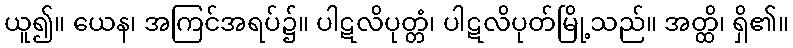
ယူ၍။ ယေန၊ အကြင်အရပ်၌။ ပါဋလိပုတ္တံ၊ ပါဋလိပုတ်မြို့သည်။ အတ္ထိ၊ ရှိ၏။